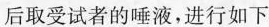
后取受试者的唾液，进行如下